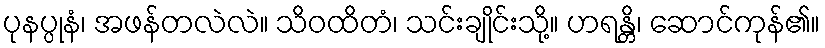
ပုနပ္ပုနံ၊ အဖန်တလဲလဲ။ သိဝထိတံ၊ သင်းချိုင်းသို့။ ဟရန္တိ၊ ဆောင်ကုန်၏။